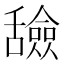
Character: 𬜐